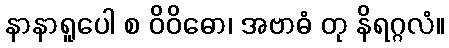
နာနာရူပေါ စ ဝိဝိဓော၊ အဗာဓံ တု နိရဂ္ဂလံ။